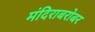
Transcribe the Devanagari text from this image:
मंदिराबरोबर